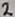
Text: 2